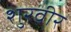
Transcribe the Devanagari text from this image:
शुरवीर